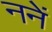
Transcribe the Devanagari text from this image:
ननें